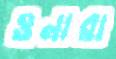
ওনারা